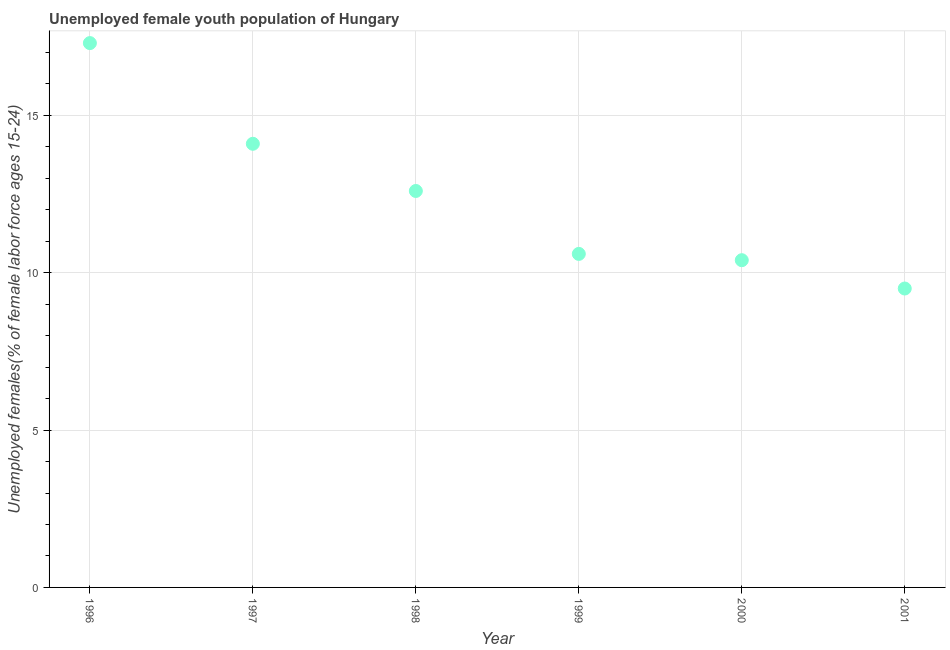
| Year | Unemployment youth female |
 | --- | --- |
 | 1996 | 17.3 |
 | 1997 | 14.1 |
 | 1998 | 12.6 |
 | 1999 | 10.6 |
 | 2000 | 10.4 |
 | 2001 | 9.5 |